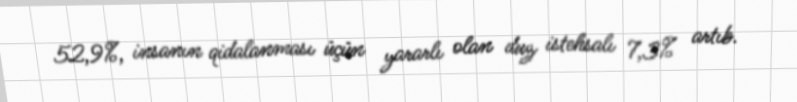
52,9%, insanın qidalanması üçün yararlı olan duz istehsalı 7,3% artıb.